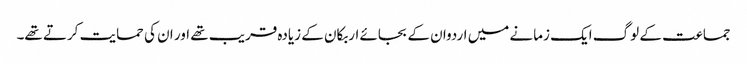
جماعت کے لوگ ایک زمانے میں اردوان کے بجائے اربکان کے زیادہ قریب تھے اور ان کی حمایت کرتے تھے۔